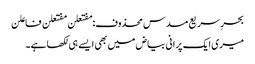
بحرِ سریع مسدس محذوف:مفتعلن مفتعلن فاعلن
میری ایک پرانی بیاض میں بھی ایسے ہی لکھا ہے۔